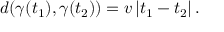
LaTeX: d ( \gamma ( t _ { 1 } ) , \gamma ( t _ { 2 } ) ) = v \left| t _ { 1 } - t _ { 2 } \right| .